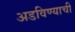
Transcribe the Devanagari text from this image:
अडविण्याची